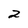
Character: 2